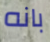
بانه